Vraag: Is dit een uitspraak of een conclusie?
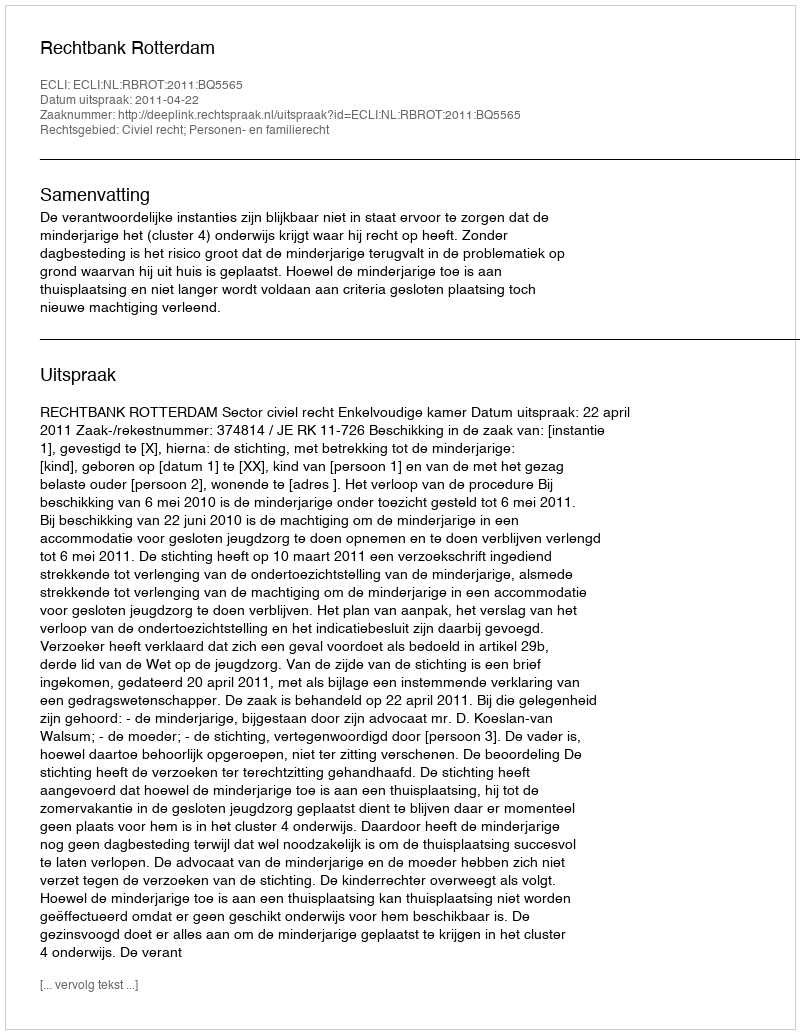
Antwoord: Uitspraak